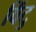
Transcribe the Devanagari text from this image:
विंटु